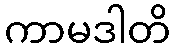
ကာမဒါတိ